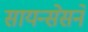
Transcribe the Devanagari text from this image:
सायन्सेसने